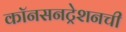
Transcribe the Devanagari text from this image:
कॉनसनट्रेशनची